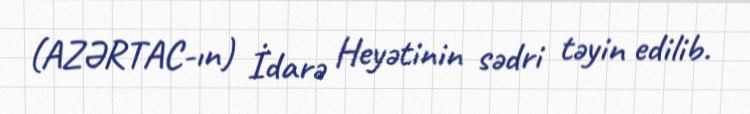
(AZƏRTAC-ın) İdarə Heyətinin sədri təyin edilib.